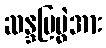
ဆန္ဒပြပွဲအား